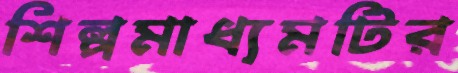
শিল্পমাধ্যমটির